Civil Veterinary Department Bihar & Orissa reports 1922-29 - 1922-1929
Year: 1922
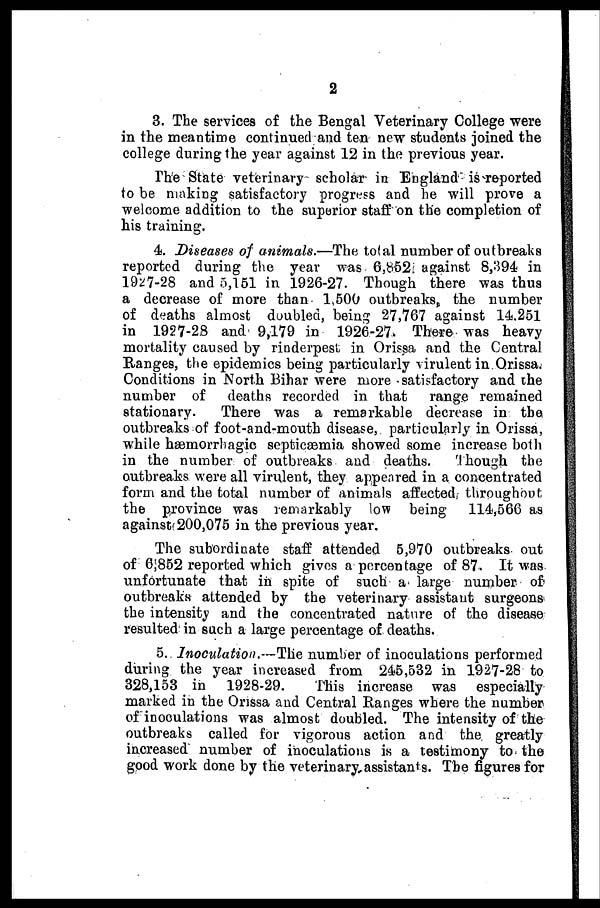
2
3. The services of the Bengal Veterinary College were
in the meantime continued and ten new students joined the
college during the year against 12 in the previous year.
The State veterinary scholar in England is reported
to be making satisfactory progress and he will prove a
welcome addition to the superior staff on the completion of
his training.
4. Diseases of animals.—The total number of outbreaks
reported during the year was 6,852 against 8,394 in
1927-28 and 5,151 in 1926-27. Though there was thus
a decrease of more than 1,500 outbreaks, the number
of deaths almost doubled, being 27,767 against 14.251
in 1927-28 and 9,179 in 1926-27. There was heavy
mortality caused by rinderpest in Orissa and the Central
Ranges, the epidemics being particularly virulent in Orissa.
Conditions in North Bihar were more satisfactory and the
number of
deaths recorded in that
range remained
stationary.
There was a remarkable decrease in the
outbreaks of foot-and-mouth disease, particularly in Orissa,
while haemorrbagic septicaemia showed some increase both
in the number of outbreaks and deaths.
'though the
outbreaks were all virulent, they appeared in a concentrated
form and the total number of animals affected throughout
the province was remarkably low being
114,566 as
against 200,075 in the previous year.
The subordinate staff attended 5,970 outbreaks out
of 6,852 reported which gives a percentage of 87. It was
unfortunate that in spite of such a large number of
outbreaks attended by the veterinary assistant surgeons
the intensity and the concentrated nature of the disease
resulted in such a large percentage of deaths.
5. Inoculation.—The number of inoculations performed
during the year increased from 245,532 in 1927-28 to
328,153 in 1928-29.
This increase was especially
marked in the Orissa and Central Ranges where the number
of inoculations was almost doubled. The intensity of the
outbreaks called for vigorous action and the greatly
increased number of inoculations is a testimony to the
good work done by the veterinary assistants. The figures for